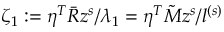
\zeta _ { 1 } : = \eta ^ { T } \bar { R } z ^ { s } / \lambda _ { 1 } = \eta ^ { T } \tilde { M } z ^ { s } / l ^ { ( s ) }